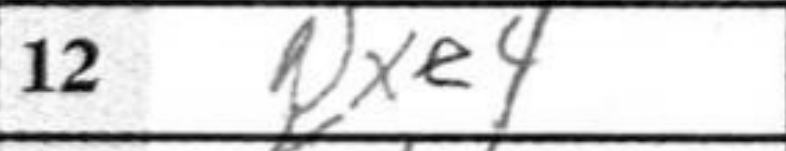
Transcription: Nxe4